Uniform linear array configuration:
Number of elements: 12
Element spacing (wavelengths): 0.75
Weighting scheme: cosine
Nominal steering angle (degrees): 15
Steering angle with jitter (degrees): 13.874
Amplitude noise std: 0.05
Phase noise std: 0.05

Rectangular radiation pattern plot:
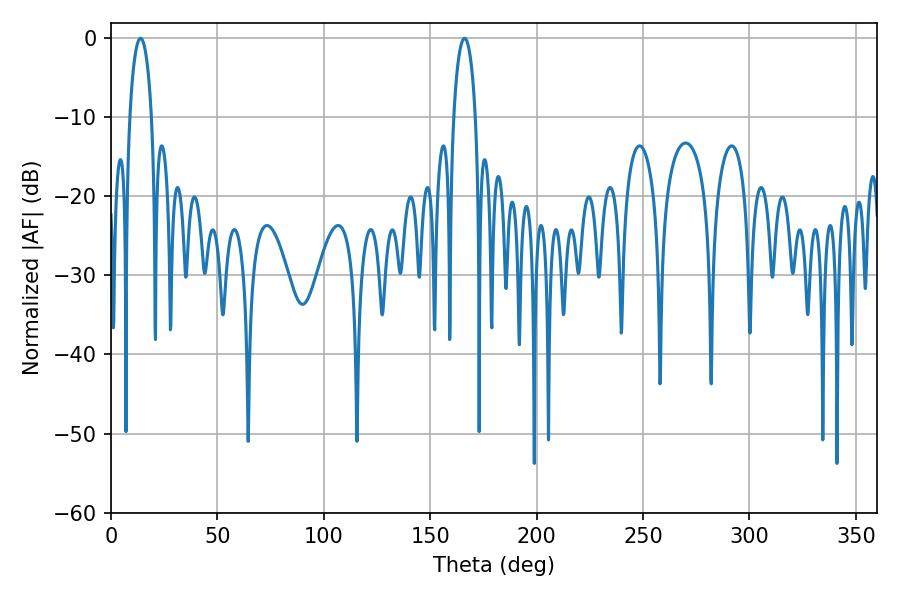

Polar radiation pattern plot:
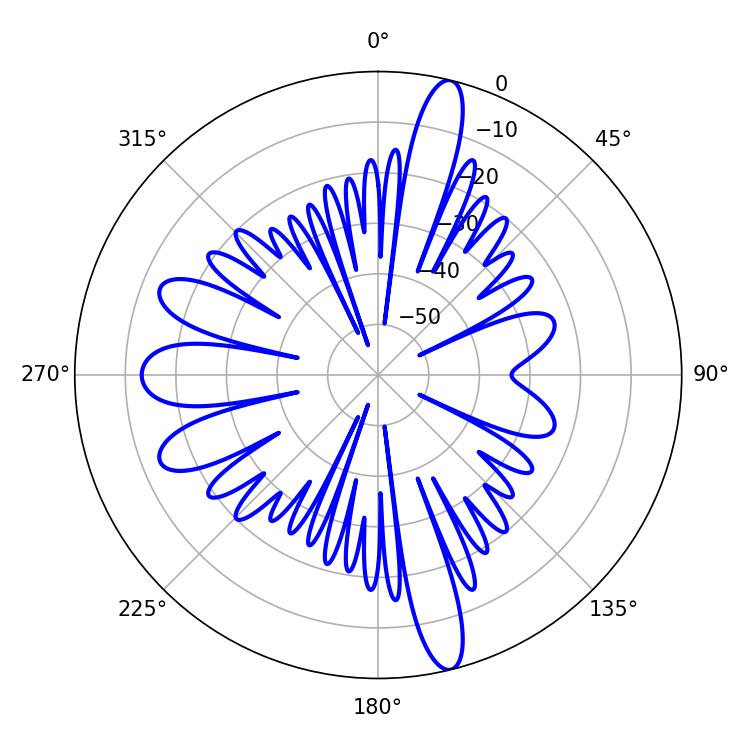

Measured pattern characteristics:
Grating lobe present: TRUE
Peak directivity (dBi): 18.016
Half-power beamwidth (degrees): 5.76
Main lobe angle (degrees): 13.86